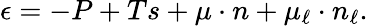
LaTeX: \epsilon=-P+Ts+\mu\cdot n+\mu_{\ell}\cdot n_{\ell}.